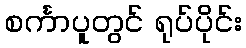
စင်္ကာပူတွင် ရုပ်ပိုင်း